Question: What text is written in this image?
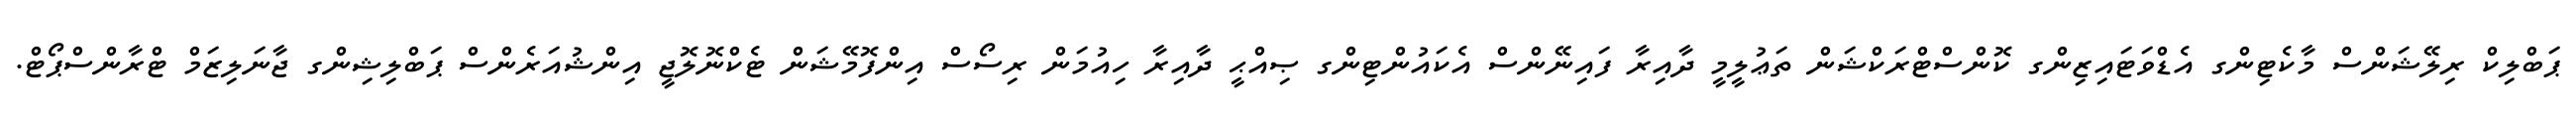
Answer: ޕަބްލިކް ރިލޭޝަންސް މާކެޓިންގ އެޑްވަޓައިޒިންގ ކޮންސްޓްރަކްޝަން ތަޢުލީމީ ދާއިރާ ފައިނޭންސް އެކައުންޓިންގ ޞިއްޙީ ދާއިރާ ހިއުމަން ރިސޯސް އިންފޮމޭޝަން ޓެކްނޮލޮޖީ އިންޝުއަރެންސް ޕަބްލިޝިންގ ޖާނަލިޒަމް ޓްރާންސްޕޯޓް.